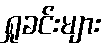
ရှုခင်းများ